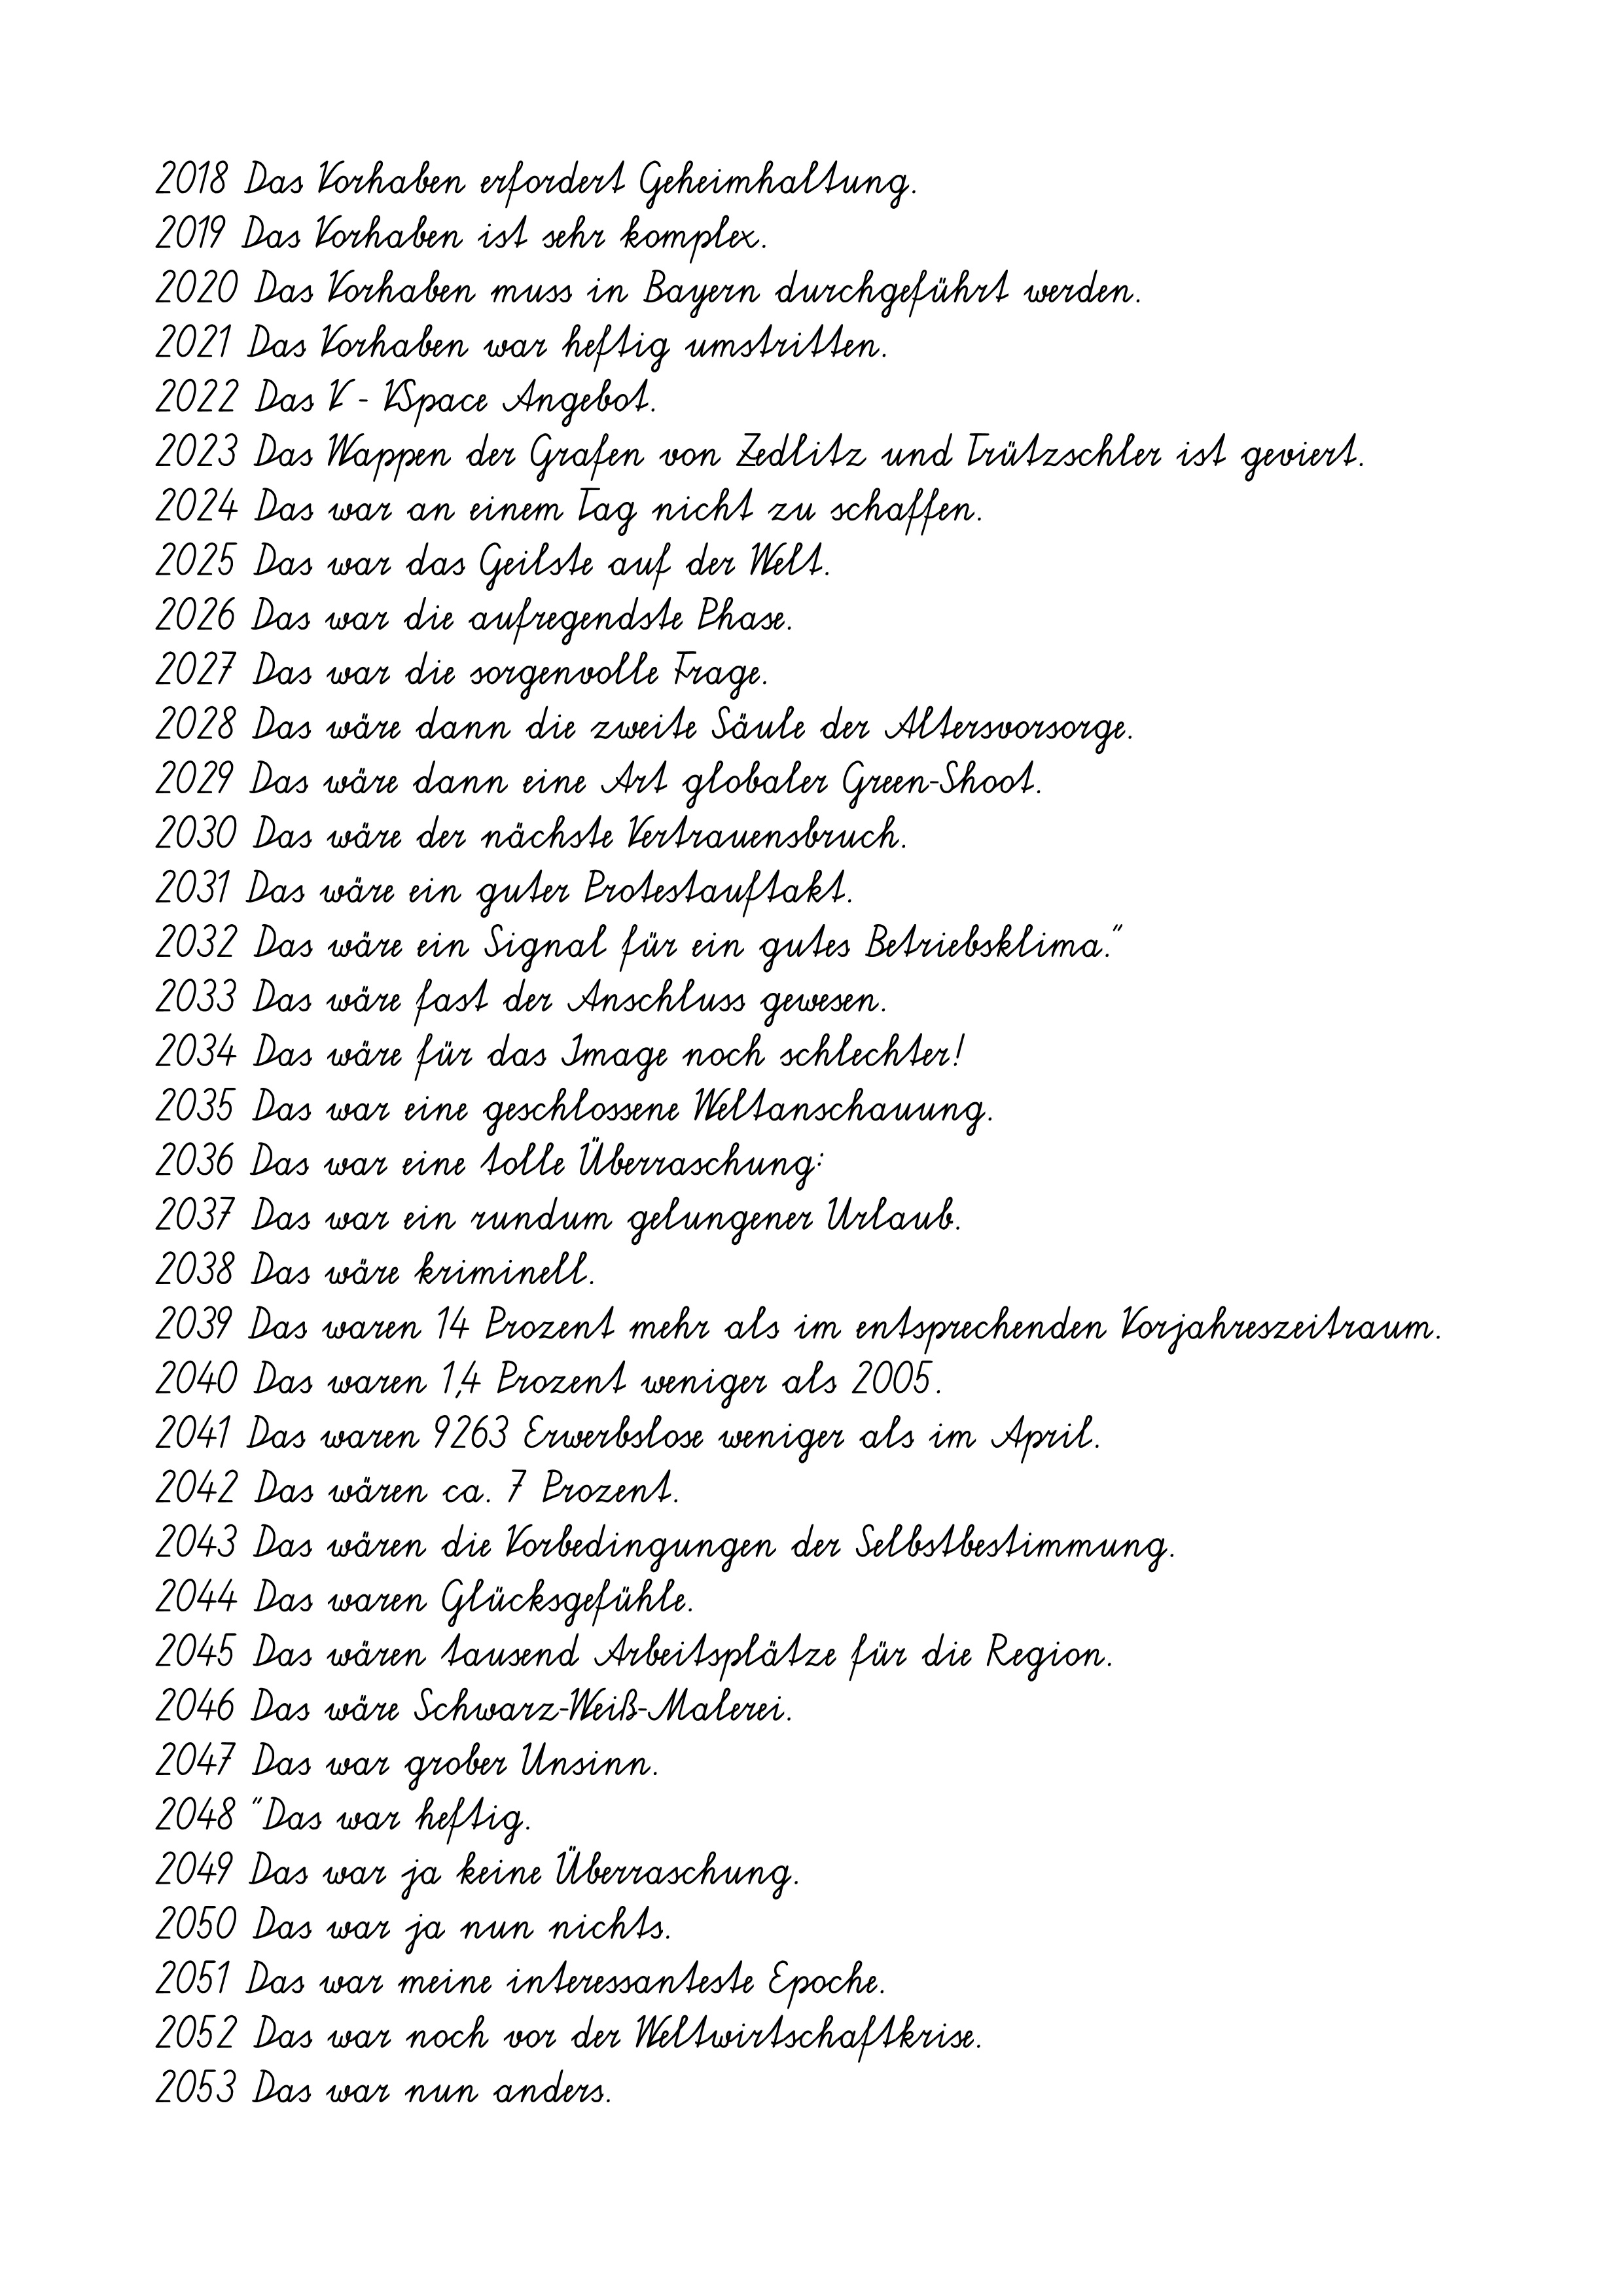
2018 Das Vorhaben erfordert Geheimhaltung.
2019 Das Vorhaben ist sehr komplex.
2020 Das Vorhaben muss in Bayern durchgeführt werden.
2021 Das Vorhaben war heftig umstritten.
2022 Das V - VSpace Angebot.
2023 Das Wappen der Grafen von Zedlitz und Trützschler ist geviert.
2024 Das war an einem Tag nicht zu schaffen.
2025 Das war das Geilste auf der Welt.
2026 Das war die aufregendste Phase.
2027 Das war die sorgenvolle Frage.
2028 Das wäre dann die zweite Säule der Altersvorsorge.
2029 Das wäre dann eine Art globaler Green-Shoot.
2030 Das wäre der nächste Vertrauensbruch.
2031 Das wäre ein guter Protestauftakt.
2032 Das wäre ein Signal für ein gutes Betriebsklima."
2033 Das wäre fast der Anschluss gewesen.
2034 Das wäre für das Image noch schlechter!
2035 Das war eine geschlossene Weltanschauung.
2036 Das war eine tolle Überraschung:
2037 Das war ein rundum gelungener Urlaub.
2038 Das wäre kriminell.
2039 Das waren 14 Prozent mehr als im entsprechenden Vorjahreszeitraum.
2040 Das waren 1,4 Prozent weniger als 2005.
2041 Das waren 9263 Erwerbslose weniger als im April.
2042 Das wären ca. 7 Prozent.
2043 Das wären die Vorbedingungen der Selbstbestimmung.
2044 Das waren Glücksgefühle.
2045 Das wären tausend Arbeitsplätze für die Region.
2046 Das wäre Schwarz-Weiß-Malerei.
2047 Das war grober Unsinn.
2048 "Das war heftig.
2049 Das war ja keine Überraschung.
2050 Das war ja nun nichts.
2051 Das war meine interessanteste Epoche.
2052 Das war noch vor der Weltwirtschaftkrise.
2053 Das war nun anders.